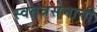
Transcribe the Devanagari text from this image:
स्वतंत्रसेनानी